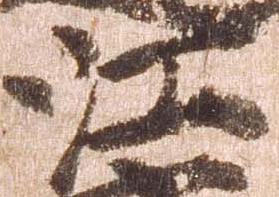
江